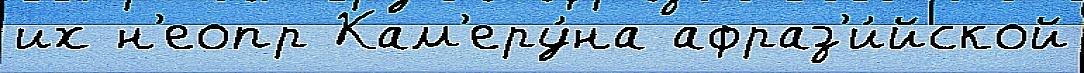
их н'еопр Кам'еру́на афраз'и́йской